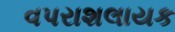
વપરાશલાયક